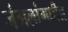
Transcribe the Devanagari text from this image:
जंगलांमधील